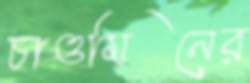
চাওমিনের